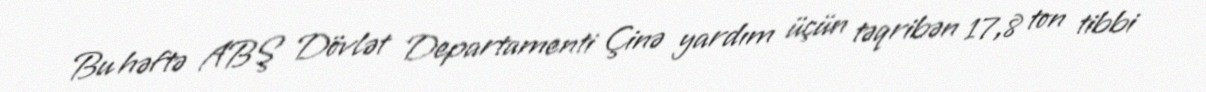
Bu həftə ABŞ Dövlət Departamenti Çinə yardım üçün təqribən 17,8 ton tibbi